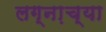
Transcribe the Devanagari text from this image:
लग्ना़च्या